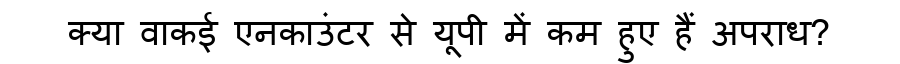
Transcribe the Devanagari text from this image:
क्या वाकई एनकाउंटर से यूपी में कम हुए हैं अपराध?